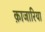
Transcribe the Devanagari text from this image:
क़ाजारिया